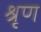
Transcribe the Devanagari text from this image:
श्रृण